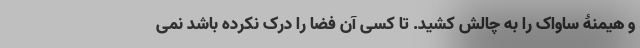
و هیمنۀ ساواک را به چالش کشید. تا کسی آن فضا را درک نکرده باشد نمی